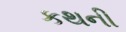
કથની